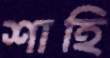
শাহি